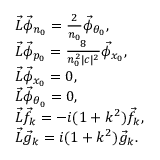
\begin{array} { r l } & { \Vec { L } \Vec { \phi } _ { n _ { 0 } } = \frac { 2 } { n _ { 0 } } \Vec { \phi } _ { \theta _ { 0 } } , } \\ & { \Vec { L } \Vec { \phi } _ { p _ { 0 } } = \frac { 8 } { n _ { 0 } ^ { 2 } | c | ^ { 2 } } \Vec { \phi } _ { x _ { 0 } } , } \\ & { \Vec { L } \Vec { \phi } _ { x _ { 0 } } = 0 , } \\ & { \Vec { L } \Vec { \phi } _ { \theta _ { 0 } } = 0 , } \\ & { \Vec { L } \Vec { f } _ { k } = - i ( 1 + k ^ { 2 } ) \Vec { f } _ { k } , } \\ & { \Vec { L } \Vec { g } _ { k } = i ( 1 + k ^ { 2 } ) \Vec { g } _ { k } . } \end{array}